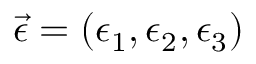
\vec { \epsilon } = ( { \epsilon } _ { 1 } , { \epsilon } _ { 2 } , { \epsilon } _ { 3 } )